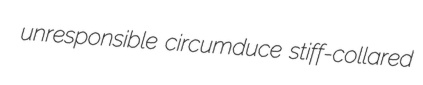
unresponsible circumduce stiff-collared